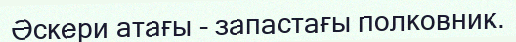
Әскери атағы - запастағы полковник.